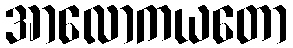
အာလောကယတော